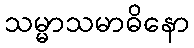
သမ္မာသမာဓိနော